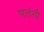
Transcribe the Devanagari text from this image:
पतंगी